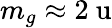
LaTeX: m_{g}\approx 2~\mathrm{u}